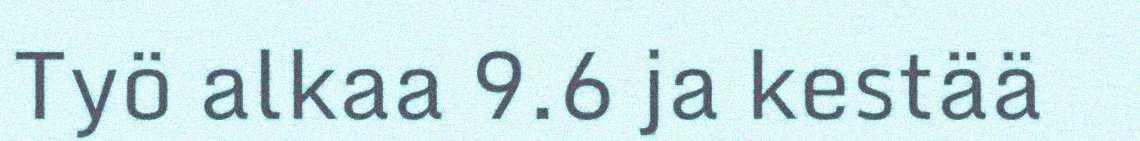
Työ alkaa 9.6 ja kestää